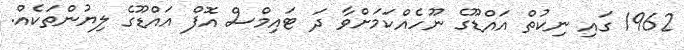
1962 ގައި ނިކުތް އައްޑޫގެ ނޫހެއްކަމަށްވާ ދަ ޓައިމްސް އޮފް އައްޑޫގެ ލިޔުންތަކެއް.